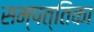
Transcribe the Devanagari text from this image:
सम्पत्तिका